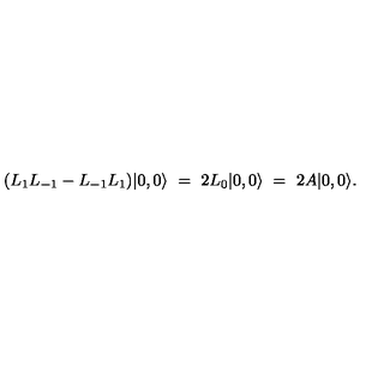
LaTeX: ( L _ { 1 } L _ { - 1 } - L _ { - 1 } L _ { 1 } ) | 0 , 0 \rangle \ = \ 2 L _ { 0 } | 0 , 0 \rangle \ = \ 2 A | 0 , 0 \rangle .